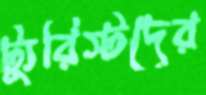
ট্যুরিস্টদের